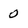
Character: 0